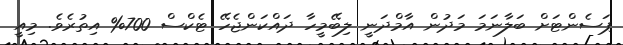
ޕަސެންޓަށް ބަލާނަމަ މަދުން އާމްދަނީ ލިބޭމީހާ ދައްކަންޖެހޭ ޓެކްސް 700% އިތުރެވެ. މިއީ